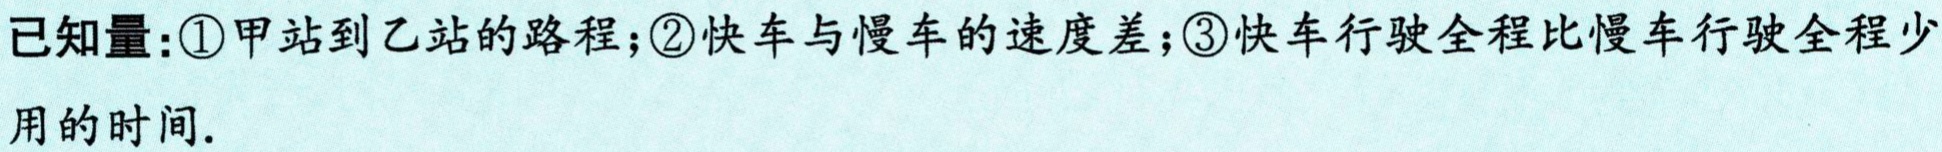
已知量：\textcircled{1}甲站到乙站的路程；\textcircled{2}快车与慢车的速度差；\textcircled{3}快车行驶全程比慢车行驶全程少用的时间.